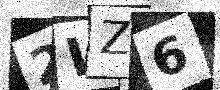
Text: 2WZ6